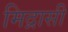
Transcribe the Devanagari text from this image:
मिद्रासी